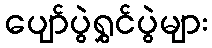
ပျော်ပွဲရွှင်ပွဲများ